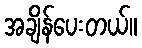
အချိန်ပေးတယ်။